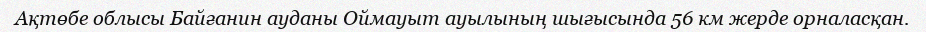
Ақтөбе облысы Байғанин ауданы Оймауыт ауылының шығысында 56 км жерде орналасқан.